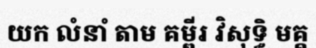
យក លំនាំ តាម គម្ពីរ វិសុទ្ធិ មគ្គ